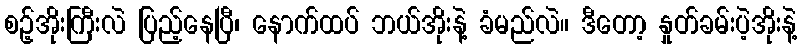
စဉ့်အိုးကြီးလဲ ပြည့်နေပြီ၊ နောက်ထပ် ဘယ်အိုးနဲ့ ခံမည်လဲ။ ဒီတော့ နှုတ်ခမ်းပဲ့အိုးနဲ့